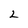
Character: 2